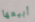
أبيعها